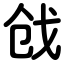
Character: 戗